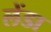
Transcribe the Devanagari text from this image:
लेंडा